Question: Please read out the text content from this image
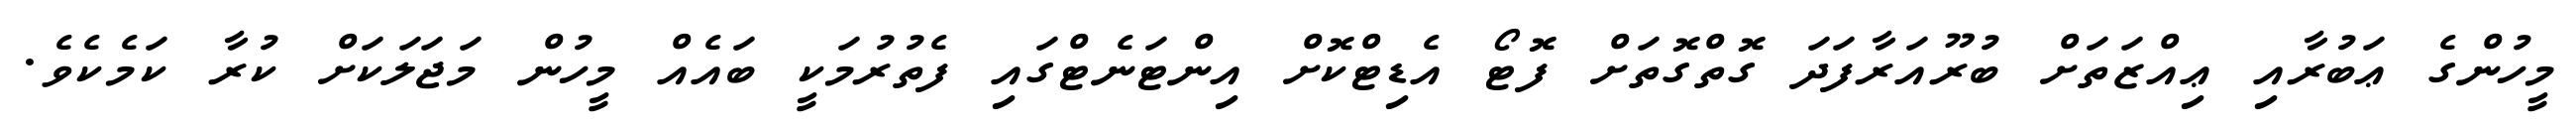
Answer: މީހުންގެ ޢަބުރާއި ޢިއްޒަތަށް ބުރޫއަރާފަދަ ގޮތްގޮތަށް ފޮޓޯ އެޑިޓްކޮށް އިންޓަނެޓްގައި ފެތުރުމަކީ ބައެއް މީހުން މަޖަލަކަށް ކުރާ ކަމެކެވެ.